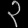
Digit: ၃